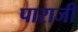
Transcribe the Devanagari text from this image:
पाराजी